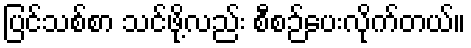
ပြင်သစ်စာ သင်ဖို့လည်း စီစဉ်ပေးလိုက်တယ်။